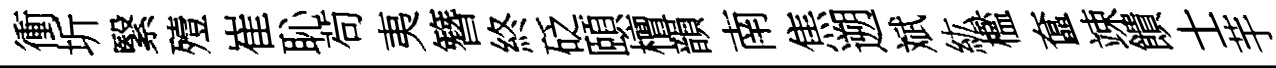
衝圻繄殪崔恥茍夷簪終砭頤檀韻南焦遡斌紘檻奩竦饋士芋